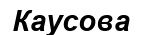
Каусова